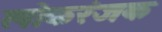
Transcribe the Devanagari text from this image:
लोकरंजक